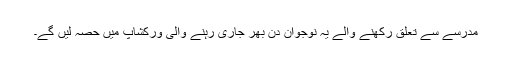
مدرسے سے تعلق رکھنے والے یہ نوجوان دن بھر جاری رہنے والی ورکشاپ میں حصہ لیں گے۔